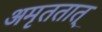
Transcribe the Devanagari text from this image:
अमृततात्